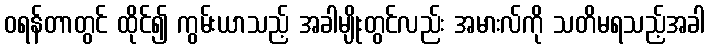
ဝရန်တာတွင် ထိုင်၍ ကွမ်းယာသည့် အခါမျိုးတွင်လည်း အမားလ်ကို သတိမရသည့်အခါ